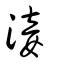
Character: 淁